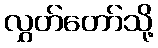
လွှတ်တော်သို့